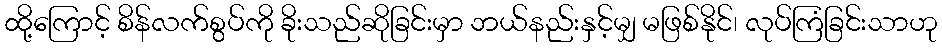
ထို့ကြောင့် စိန်လက်စွပ်ကို ခိုးသည်ဆိုခြင်းမှာ ဘယ်နည်းနှင့်မျှ မဖြစ်နိုင်၊ လုပ်ကြံခြင်းသာဟု